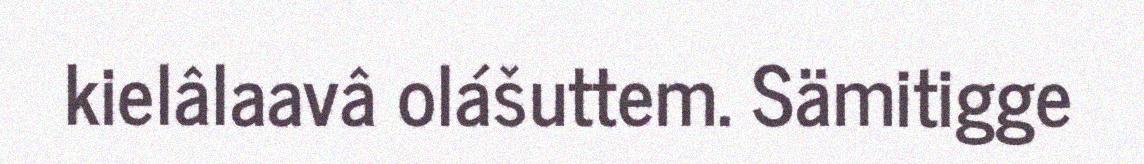
kielâlaavâ olášuttem. Sämitigge